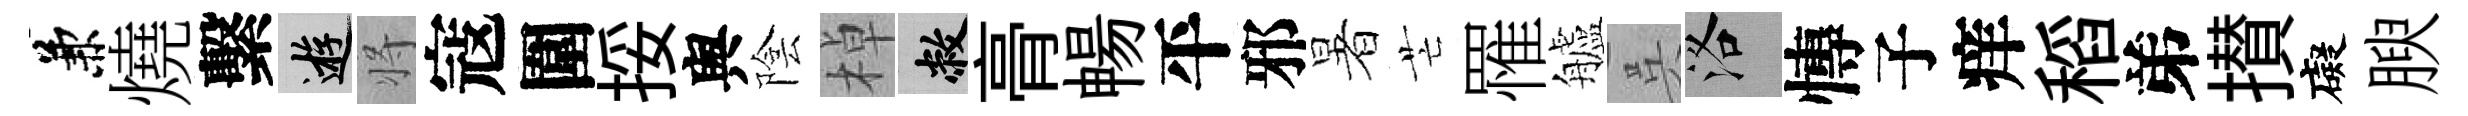
兼燒繫游将寇圍挼舆陰棹敝𮌔暢平邪暑芒罹艫呉洛慱子痒稻弟攅礙腴